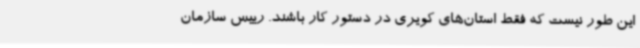
این طور نیست که فقط استان‌های کویری در دستور کار باشند. رییس سازمان